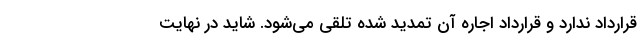
قرارداد ندارد و قرارداد اجاره آن تمدید شده تلقی می‌شود. شاید در نهایت